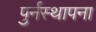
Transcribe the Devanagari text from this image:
पुर्नस्‍थापना